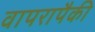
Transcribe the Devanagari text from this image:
वापरापैकी